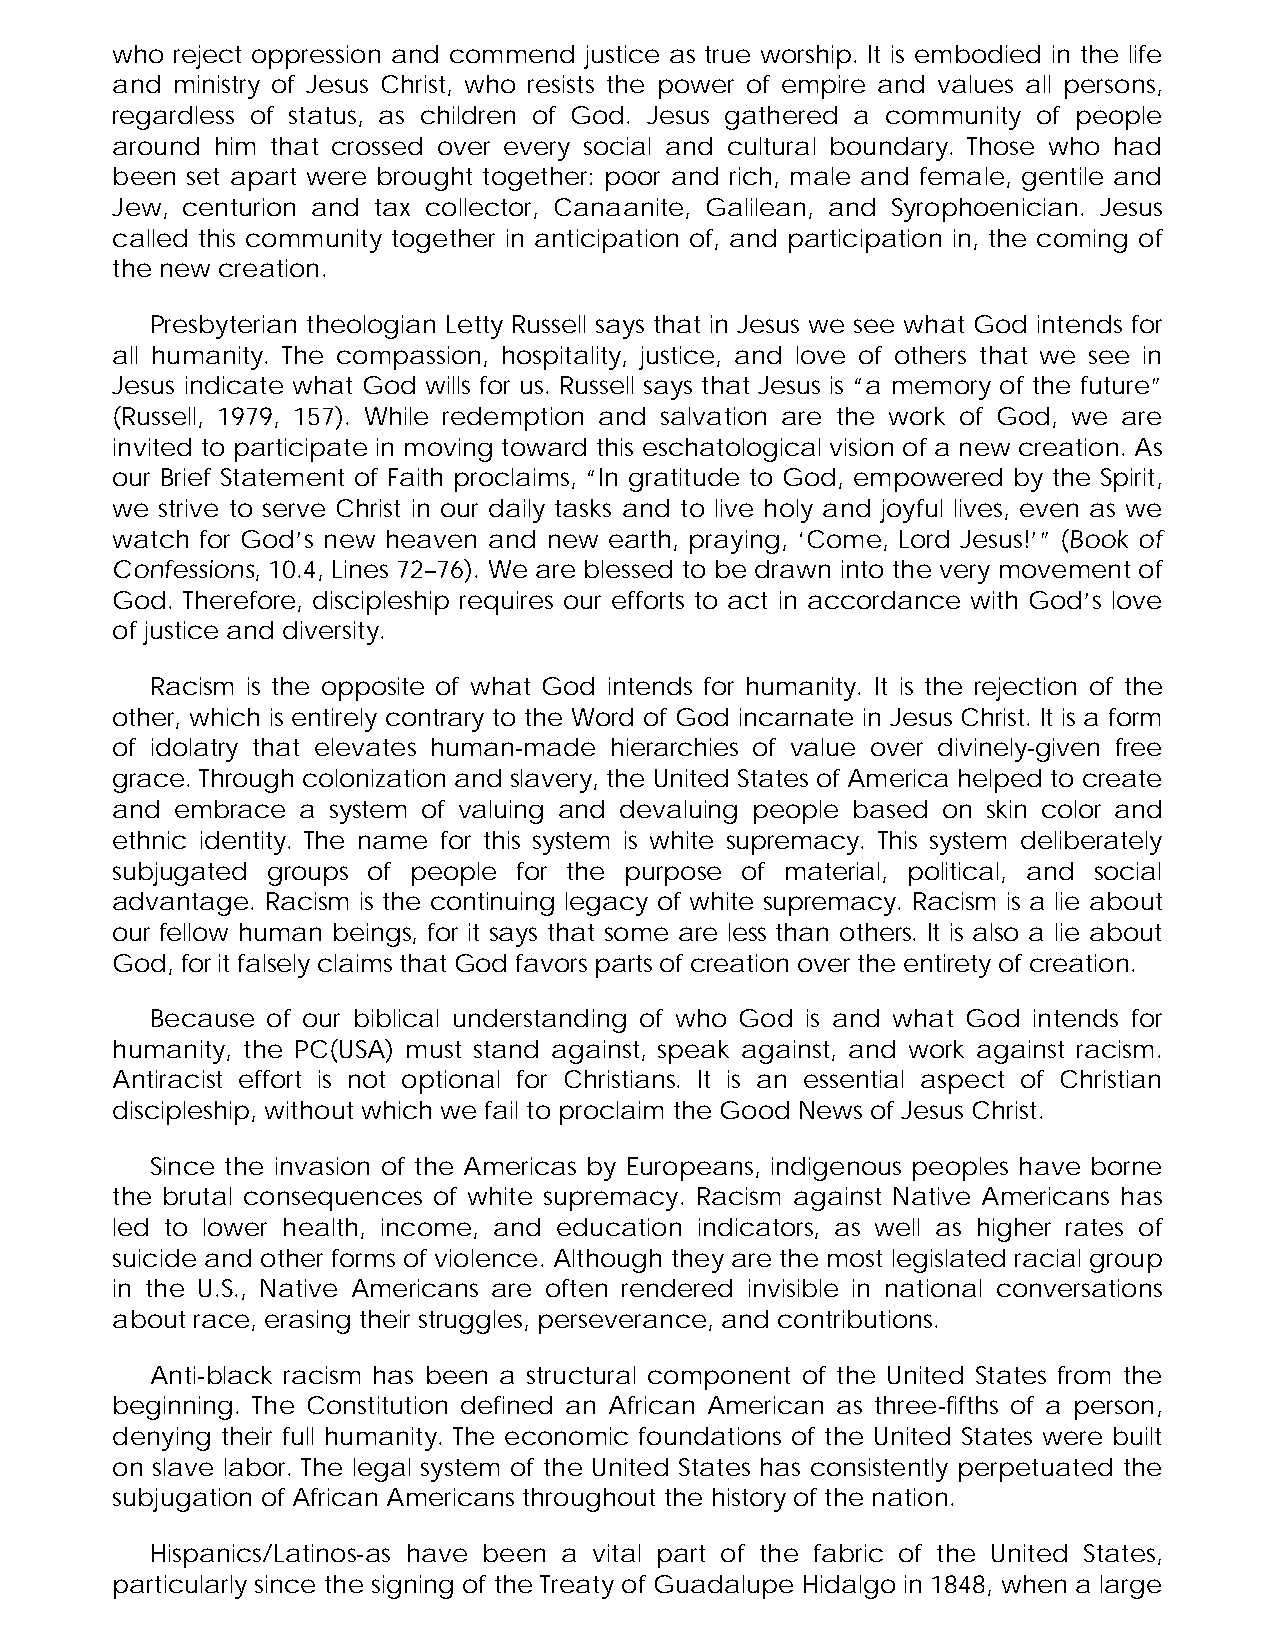
who reject oppression and commend justice as true worship. It is embodied in the life
 and ministry of Jesus Christ, who resists the power of empire and values all persons,
 regardless of status, as children of God. Jesus gathered a community of people
 around him that crossed over every social and cultural boundary. Those who had
 been set apart were brought together: poor and rich, male and female, gentile and
 Jew, centurion and tax collector, Canaanite, Galilean, and Syrophoenician. Jesus
 called this community together in anticipation of, and participation in, the coming of
 the new creation.
 Presbyterian theologian Letty Russell says that in Jesus we see what God intends for
 all humanity. The compassion, hospitality, justice, and love of others that we see in
 Jesus indicate what God wills for us. Russell says that Jesus is “a memory of the future”
 (Russell, 1979, 157). While redemption and salvation are the work of God, we are
 invited to participate in moving toward this eschatological vision of a new creation. As
 our Brief Statement of Faith proclaims, “In gratitude to God, empowered by the Spirit,
 we  strive to serve Christ in our daily tasks and to live holy and joyful lives, even as we
 watch for God’s new heaven and new earth, praying, ‘Come, Lord Jesus!’” (Book of
 Confessions, 10.4, Lines 72–76). We are blessed to be drawn into the very movement of
 God. Therefore, discipleship requires our efforts to act in accordance with God’s love
 of justice and diversity.
 Racism is the opposite of what God intends for humanity. It is the rejection of the
 other, which is entirely contrary to the Word of God incarnate in Jesus Christ. It is a form
 of idolatry that elevates human-made hierarchies of value over divinely-given free
 grace. Through colonization and slavery, the United States of America helped to create
 and  embrace a system of valuing and devaluing people based on skin color and
 ethnic identity. The name for this system is white supremacy. This system deliberately
 subjugated groups of people for the purpose of material, political, and social
 advantage. Racism is the continuing legacy of white supremacy. Racism is a lie about
 our fellow human beings, for it says that some are less than others. It is also a lie about
 God, for it falsely claims that God favors parts of creation over the entirety of creation.
 Because of our biblical understanding of who God is and what God intends for
 humanity, the PC(USA) must stand against, speak against, and work against racism.
 Antiracist effort is not optional for Christians. It is an essential aspect of Christian
 discipleship, without which we fail to proclaim the Good News of Jesus Christ.
 Since the invasion of the Americas by Europeans, indigenous peoples have borne
 the brutal consequences of white supremacy. Racism against Native Americans has
 led to lower health, income, and education indicators, as well as higher rates of
 suicide and other forms of violence. Although they are the most legislated racial group
 in the U.S., Native Americans are often rendered invisible in national conversations
 about race, erasing their struggles, perseverance, and contributions.
 Anti-black racism has been a structural component of the United States from the
 beginning. The Constitution defined an African American as three-fifths of a person,
 denying their full humanity. The economic foundations of the United States were built
 on slave labor. The legal system of the United States has consistently perpetuated the
 subjugation of African Americans throughout the history of the nation.
 Hispanics/Latinos-as have been a vital part of the fabric of the United States,
 particularly since the signing of the Treaty of Guadalupe Hidalgo in 1848, when a large